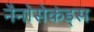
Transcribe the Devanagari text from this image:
नैनोसेकंड्स